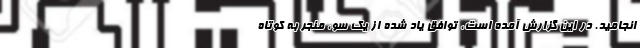
انجامید. در این گزارش آمده است، توافق یاد شده از یک سو، منجر به کوتاه